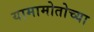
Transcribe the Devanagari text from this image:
यामामोतोच्या